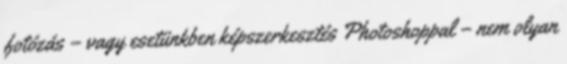
fotózás – vagy esetünkben képszerkesztés Photoshoppal – nem olyan